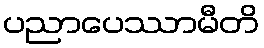
ပညာပေဿာမီတိ